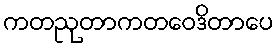
ကတညုတာကတဝေဒိတာပေ